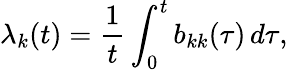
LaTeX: \lambda_{k}(t)=\frac{1}{t}\int_{0}^{t}b_{kk}(\tau)\, d\tau,